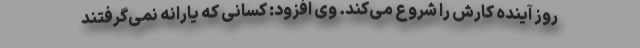
روز آینده کارش را شروع می‌کند. وی افزود: کسانی که یارانه نمی‌گرفتند